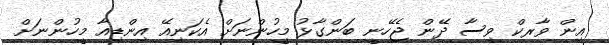
އިން ވާރކް ވިސާ ދޭން ޖެހޭނީ ބަންގާޅު މީހުންނަށް އެކަނިއޭ އިންޑިއާ މީހުންނަށް